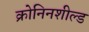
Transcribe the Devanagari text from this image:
क्रोनिनशील्ड